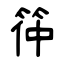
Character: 筗